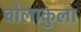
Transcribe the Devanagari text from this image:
चोलाकुला